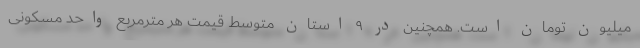
میلیون تومان است. همچنین در ۹ استان متوسط قیمت هر مترمربع واحد مسکونی